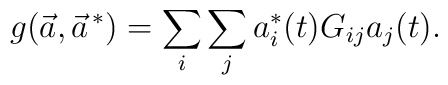
g(\vec a,\vec a^{\, *})=\sum_i\sum_ja^*_i(t)G_{ij}a_j(t).